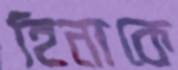
হিনাকে